Vaccination in Bombay 1869-1873 - 1869-1873
Year: 1869
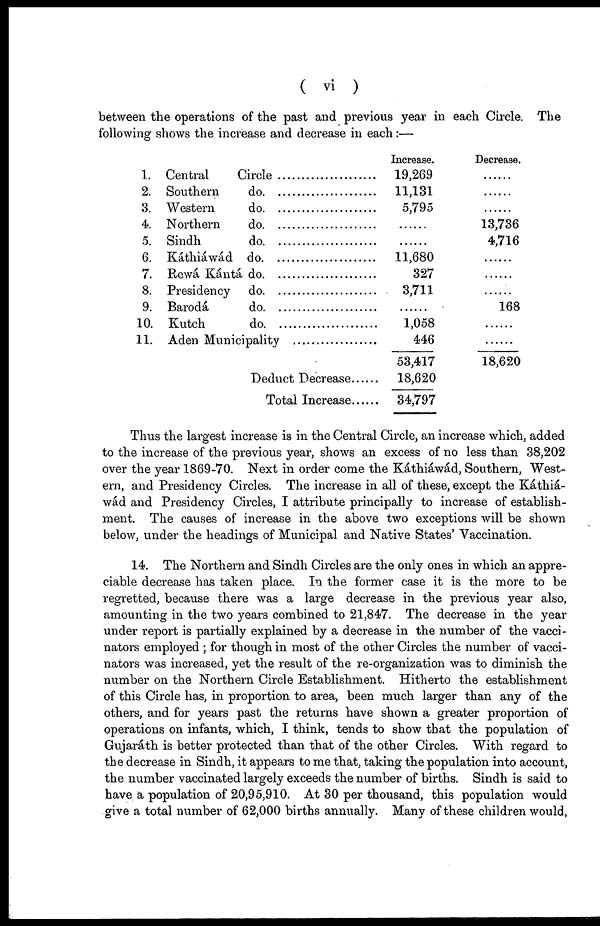
( vi )
between the operations of the past and previous year in each Circle. The
following shows the increase and decrease in each:—
1.
2.
3.
4.
5.
6.
7.
8.
9.
10.
11.
Central Circle .........................
Southern do. ...........................
Western do. ............................
Northern do. ...........................
Sindh do. ................................
Káthiáwád do. ........................
Rewá Kántá
do.
Presidency do
Barodá do. .............................
Kutch do. ...............................
Aden Municipality .................
Deduct Decrease
Total Increase..........
Increase.
19,269
11,131
5,795
......
......
11,680
327
3,711
......
1,058
446
53,417
18,620
34,797
Decrease.
......
......
......
13,736
4,716
......
......
......
168
......
......
18,620
Thus the largest increase is in the Central Circle, an increase which, added
to the increase of the previous year, shows an excess of no less than 38,202
over the year 1869-70. Next in order come the Káthiáwád, Southern, West-
ern, and Presidency Circles. The increase in all of these, except the Káthiá-
wád and Presidency Circles, I attribute principally to increase of establish-
ment. The causes of increase in the above two exceptions will be shown
below, under the headings of Municipal and Native States' Vaccination.
14. The Northern and Sindh Circles are the only ones in which an appre-
ciable decrease has taken place. In the former case it is the more to be
regretted, because there was a large decrease in the previous year also,
amounting in the two years combined to 21,847. The decrease in the year
under report is partially explained by a decrease in the number of the vacci-
nators employed ; for though in most of the other Circles the number of vacci-
nators was increased, yet the result of the re-organization was to diminish the
number on the Northern Circle Establishment. Hitherto the establishment
of this Circle has, in proportion to area, been much larger than any of the
others, and for years past the returns have shown a greater proportion of
operations on infants, which, I think, tends to show that the population of
Gujaráth is better protected than that of the other Circles. With regard to
the decrease in Sindh, it appears to me that, taking the population into account,
the number vaccinated largely exceeds the number of births. Sindh is said to
have a population of 20,95,910. At 30 per thousand, this population would
give a total number of 62,000 births annually. Many of these children would,